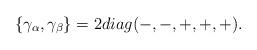
LaTeX: \begin{align*}\{\gamma _{\alpha },\gamma _{\beta }\}=2diag(-,-,+,+,+). \end{align*}